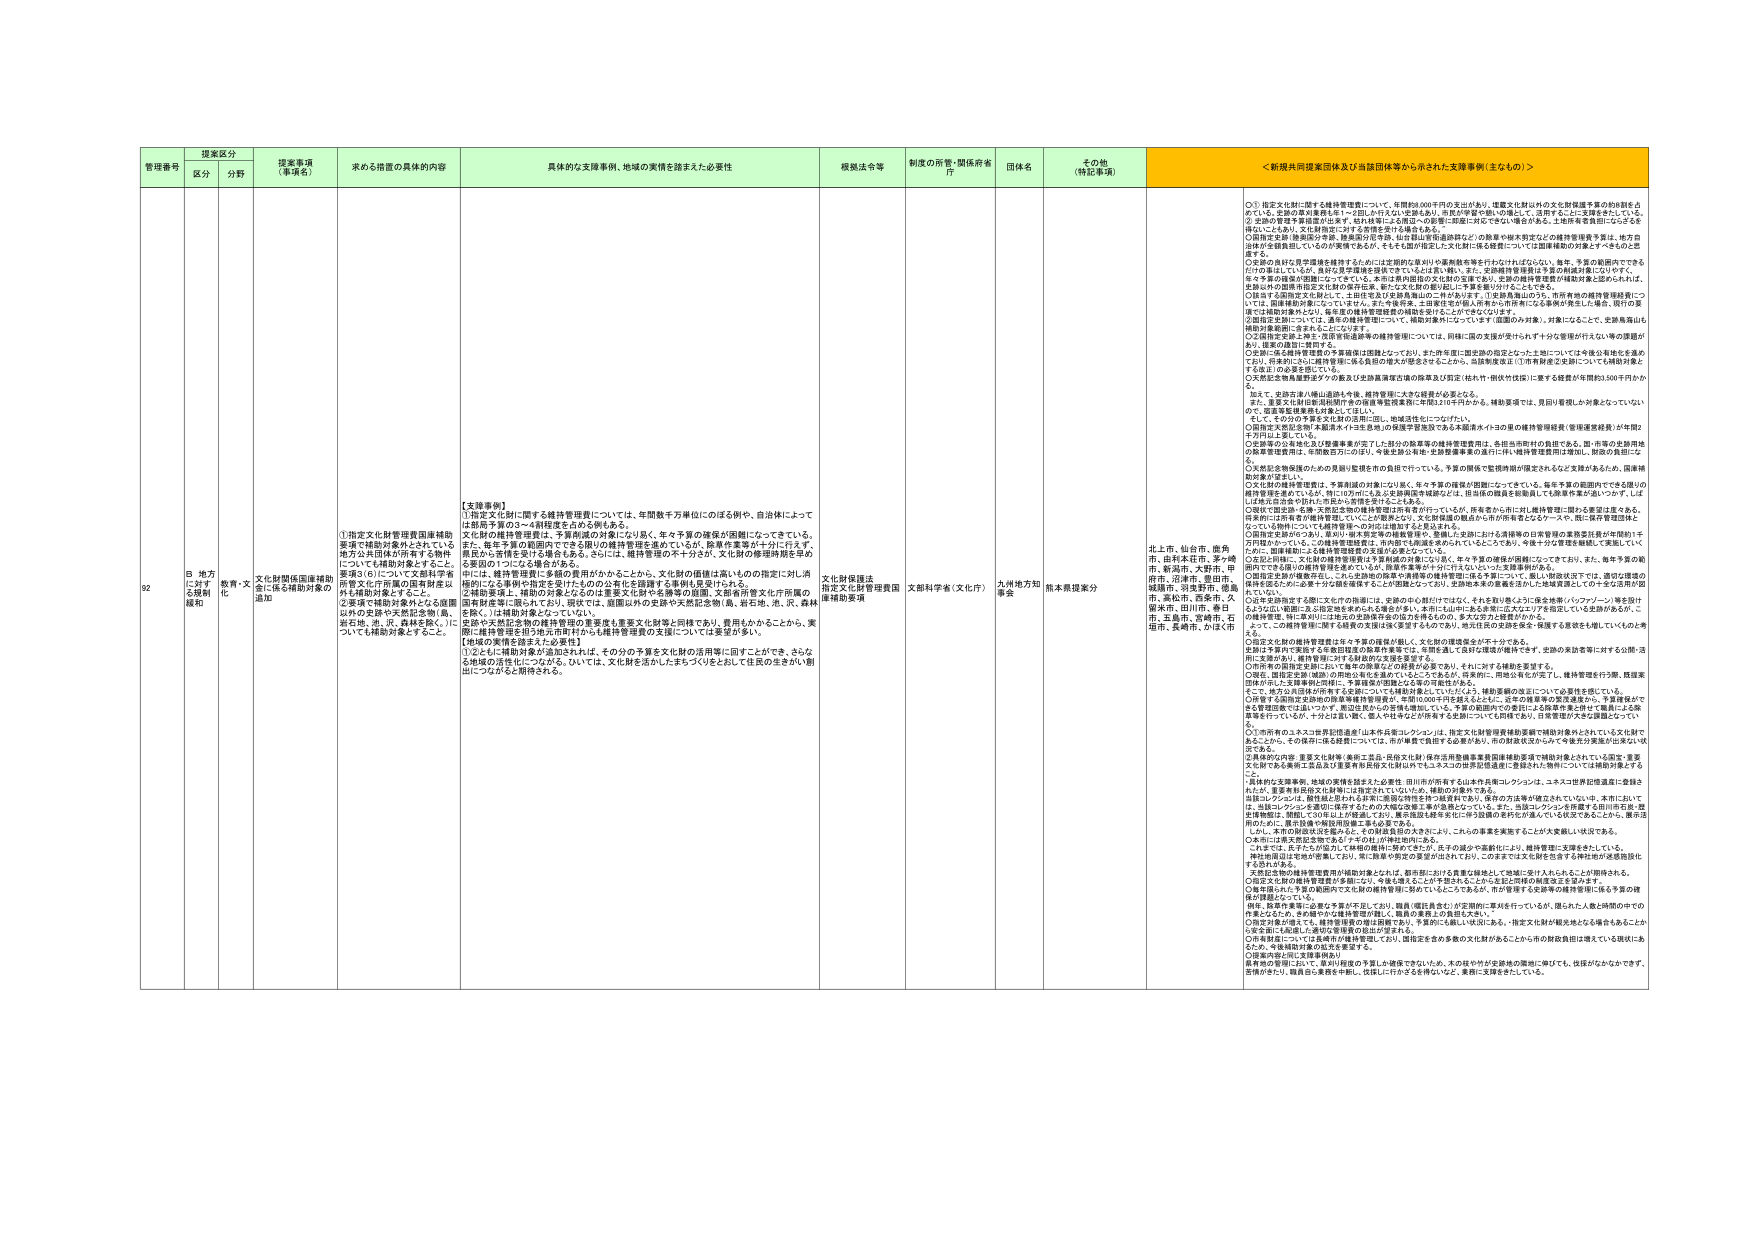
管理番号  捜査区分  捜査事項（事項名）  求める措置の具体的内容  具体的な支援事例、地域の実情を踏まえた必要性  根拠法令等  制度の所管・関係府省庁  団体名  その他（特記事項）  ＜新規共同提案団体及び当該団体等から示された支援事例（主なもの）＞
82  B 地方に対する規制・化緩和  教育・文化  文化財関係国庫補助金に係る補助対象の追加  ①指定文化財管理費国庫補助要項で補助対象外とされている地方公共団体が所有する物件についても補助対象とすること。要項3（6）について文部科学省所管文化庁所管の既存財産を2年間で補助対象とすること。②要項で補助対象外となっている国以外の史跡や天然記念物（島、岩や地、池、沢、森林を除く。）についても補助対象とすること。  【支援事例】①指定文化財に関する維持管理費については、年間数千万単位にのぼる例や、自治体によっては担当予算の3～4割程度を占める例もある。文化財の維持管理費は、予算削減の対象になり易く、年々予算の確保が困難になってきている。また、毎年予算の範囲内でできる限りの維持管理を進めているが、除草作業等が十分に行えず、風災から荒れを防げなくなる場合もある。さらには、維持管理の不十分さが、文化財の修復時期を早める要因の1つになる場合がある。中には、維持管理費に多額の費用がかからことから、文化財の価値は高いものの指定に対し消極的になる事例や指定を受けたものの文化財を管理する専門も受け入れる。②補助要項上、補助の対象となるのは重要文化財や名勝等の国際、文部科学省所管文化庁所管の国有財産等に限られており、現状では、国際以外の史跡や天然記念物（島、岩や地、池、沢、森林を除く。）は補助対象となっていない。史跡や天然記念物の維持管理の重要性も重要文化財等と同様であり、費用もかかることから、実際に維持管理を行う地方公共団体からも維持管理費の支援については要望が多い。【地域の実情を踏まえた必要性】①②ともに補助対象が追加されれば、その分の予算を文化財の活用等に回すことができ、さらなる地域の活性化につながる。ひいては、文化財を活かしたまちづくりをとおして住民の生きがい創出につながると期待される。  文化財保護法指定文化財管理費国庫補助要項  文部科学省（文化庁）  九州地方知事会  熊本県提案分  北上市、仙台市、徳島市、由利本荘市、多々羅市、新潟市、大野市、甲府市、沼津市、豊田市、横浜市、羽曳野市、徳島市、高松市、西条市、久留米市、田川市、春日市、三島市、西崎市、石垣市、長崎市、かほく市  ○①指定文化財に関する維持管理費について、年間約8,000千円の支出があり、建築文化財は外の文化財保護予算の約8割を占めている。支部の草刈業者を雇う→7回しか行えない（支部も高い。市民が草刈や除いの場にきて、活用することに支援をされている。②文化財管理予算額設定は年単位で、毎年1年単位による算定への変更に変更に伴ってはないと報告がある。土木部予算範囲にのっとる議論になっている。文化財指定に対する実情を受ける報告もある。③国指定史跡（御嶽山や史跡、無形文化財の保存、山中銀山等国連遺産など）の修復や継承対策などは維持管理費を算定。地方自治体が全額負担しているのが実情であるが、そもそも国が指定した文化財に係る経費については国庫補助の対象とすべきものと思定する。④その他の点は①見学道路を維持するためには定期的な草刈りや薬剤散布等を行わなければならない。毎年、予算の範囲内でできるだけの草刈しをしている。先行文化財管理を図れていないことは言い難い。また、定期維持管理は予算の枠が狭いだけです。⑤その予算の確保が困難になってきている。本年は県内担当の文化財の支援で取り、定期の維持管理費用の補助対象に認められれば、⑥指定する国指定文化財として、土田花見及び史跡無知山の工事が始まり、⑦史跡無知山のうち、市所有地の維持管理経費については、毎年維持の予算、修復費の予算、土田花見を対象に人件費や市所有にかかる事例が発生した場合、既存の要項では補助対象外とし、毎年度の維持管理経費の補助を受けることができない。⑧国指定史跡については、通常の維持管理について、補助対象外になっている（国際のみ対象）。対象になっても、支部島無山も補助対象範囲に含まれることになる。⑨文化財指定史跡上飯生・佐原や佐渡等の維持管理については、同様に国の支援が受けられず十分な管理が行われない等の課題があり、提案の趣旨に賛同する。⑩支部に係る維持管理費の予算確保は困難なことより、また市有地に国史跡の指定となった土地については今後公有地化を進めており、将来的にこうした維持管理に係る負担の増大が懸念されることから、当該要項改正（①国庫補助支給についても補助対象とする旨）の必要を認めている。⑪文化財定額補助費は予算の約数及び史跡島津家古墳の除草及び測定（焼失竹・倒伏竹処理）に要する費用が年間約3,500千円かかる。また、史跡方津八幡山遺跡も今後、維持管理に大きな経費が必要となる。また、重要文化財旧新潟新聞庁舎の修復等監視業務に年間2,10千円かかる。補助要項では、見回り業務しか対象となっていないので、定期管理業務も対象としてほしい。そして、その分の予算を文化財の活用に回し、地域活性化につなげたい。⑫指定文化財を所有する地方公共団体の負担であるが、国・市等の支出額が年間2千円以上と捉えている。⑬北海道の公有地及び登録事業が完了した部分の除草等の維持管理費は、各担当市町村の負担である。国・市等の支出額は除草管理費負担は、年間数百万円の計、今後支障が有り、史跡整備事業の進行に伴い維持管理費用は増加し、財政の負担になる。⑭文化財記念物保護のための見回り監視その負担で行っている。予算の関係で監視時期が限定されるなど支障があるから、国庫補助対象を望みたい。⑮文化財の維持管理費は、予算削減の対象になり易く、年々予算の確保が困難になってきている。毎年予算の範囲内でできる限りの維持管理を進めているが、特に10％に上る公営施設の補助などは、従前他の施設を収縮して除草作業を進めており、しばしば風災の被害や防げた市民から苦情を受けることもある。⑯現行で指定国・名勝・天然記念物の維持管理は所有者が行っているが、所有者から市に対し維持管理に関する要望は度々ある。将来市に所有権者が維持管理していくことが想定となり、文化財保護の観点から市が所有者となったケース、既に維持管理団体となっている例についても維持管理費への対応は困難となる見込まれる。⑰国指定史跡のうちの、草刈り・樹木剪定等の維持管理や、整備した史跡における清掃費の日常管理の業務委託費が年間約1千万円かかっている。この維持管理経費は、市内財産も同様を進められているところであり、今後十分な管理を継続して実施していくために、国庫補助による維持管理経費の支援が必要となっている。⑱文化財の維持管理費は予算削減の対象になり易く、年々予算の確保が困難になってきており、また、毎年予算の範囲内でできる限りの維持管理を行っているが、除草作業等が十分に行えないといった実態事例がある。⑲国指定史跡の修復をはじめ、こうした史跡の修復や清掃等の維持管理に係る予算について、厳しい財政状況下では、適切な環境の維持を図るために必要な十分な維持管理をすることが困難となっており、史跡修復を含め修復を含むにかね結果を残してゆくなど活用が阻害されている。⑳今後支障が生ずる際に文化財の活用には、史跡の中心部だけではなく、それを取り巻くようにある地帯（バックヤード）等を設計するように、範囲に拡大指定を求めるにも支障があり、本市にも山中にある赤地に広大なエリアを指定している事例があるが、この維持管理、特に草刈りには毎年の史跡修復費の負担が大きいため、多大な努力と経費がかかる。よって、この維持管理に関する経費の支援は強く要望するものであり、地元住民の説得を強く推進する必要性も増しているため考える。㉑指定文化財の維持管理費は年々予算の確保が難しく、文化財の環境改善が不十分である。史跡は予算内で実施する年額2回程度の除草作業等では、年間を通して良好な環境が維持できず、史跡の実態を実現に対する公開・活用に支障があり、維持管理に対する経済的支援を要望する。㉒所有の指定文化財においても毎年の除草などの経費が必要であり、それに対する補助を要望する。㉓現在、既指定史跡（城跡）の周地は有効に活かしているところであるが、将来的に、周地活用を広げて行うし、維持管理を行う際、既設家屋は存在するため家屋税は実施し、予算確保の問題となる等の可能性がある。そこで、地元の公民館が所有する史跡についても補助対象としていただき、補助要綱の改正について必要性を感じている。㉔毎年する国指定史跡地の除草等維持管理費が、年間10,000千円を越えるとともに、近年の除草等の費を過重かつ、予算確保ができず管理困難では言いつけず、観光地拡大の計画も増加している。予算の範囲内での業務による除草作業と併せて職員による除草等を行っているが、十分とは言い難く、夏入りで年々広がりが停滞する支障についても同様であり、日常管理が大変な課題となっていく。㉕○市所有の上水と浄化槽用の用水は山本寺上水とクレソンは、有志文化財管理委員会等で補助対象外とされている文化財である。そのため、その修復に係る経費については、市が単費で負担する必要があり、市の財政状況からみて今後充分支援が出来ない状況である。②具体的な内容：重要文化財等（美術工芸品・民俗文化財）保存活用整備事業費国庫補助要項で補助対象とされている固定・重要文化財である美術工芸品及び重要有形民俗文化財以外にもうえ3の世界記念遺産に登録された物件については補助対象とするこ。・具体的な支援事例、地域の実情を踏まえた必要性：田川市が所有する山本寺用水とクレソンは、上水と世界記念遺産に登録されたが、重要有形民俗文化財には指定されていないため、補助の対象外である。当該エレクソンは、農作物と併行しながら農業の物性を持つ風景群であり、保存の方法等が確立されていない。本市においては、当該エレクソンを管理するための予算の確保が極めて困難となっている。また、当該エレクソンを管理する田川市史跡・歴史博物館は、開館して30年以上が経過しており、展示施設は経年劣化に伴う設備の老朽化が進んでいる状況であることから、展示活用のために、展示設備や施設設備工事も必要である。しかし、本市の財政状況を鑑みると、その財源負担が大きいため、これらの事業を実施することが大変難しい状況である。○本市に山本寺用水を整備する「水とすなわち」が検討中にある。これまでは、水すなわちが広く地域の福祉に貢献してきたが、水すなわちの活動が拡大し、維持管理に支障をきたしている。神社の周辺は管理が整備されており、特に草取りの対応が足りない。このままでは文化財を含む予算対応が危機状態化する恐れがある。③指定史跡の維持管理費用が補助対象とならば、都市部における貴重な绿地として地域に受け入れられることが期待される。④指定文化財の維持管理費が本題にない。今後も増えることが予想されることがなるほど同様の施策改正を望みます。⑤無形文化財・天然記念物の文化財の維持管理にあたっては、文化財を含む、市が管理する史跡等の維持管理に係る予算の確保が課題となっている。現在、財政の本質に必要な予算が不足しており、職員（専従員含む）が定期的に草刈りを行っているが、限られた人員と時間の中でのみ果たしている。その細やかな維持管理が難しく、職員の業務上の負担は大きい。⑥文化財を保護するため、維持管理費の負担を軽減するため、予算的にも厳しい状況にある。指定文化財の観光地となる場合もあることから安全面にも配慮した適切な整備の拡充が望まれる。⑦市有財産については有料の維持管理しており、国指定を含め多数の文化財があることから市の財政負担は増大している現状にあるため、今後補助対象の拡充を要望する。⑧国庫対象に文化財事業費が、要件の管理について、最小限の程度の予算しか確保できないため、木の枝や竹が史跡地の環境に障害して、保護がなかなかできず、苦情の多い。職員自ら業務を中断し、伐採しにかかるを得ないなど、業務に支障をきたしている。